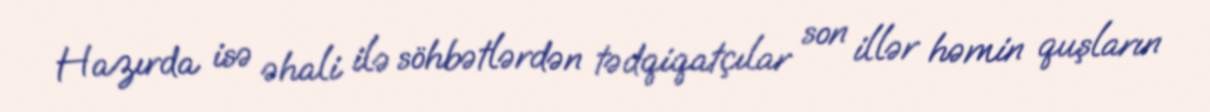
Hazırda isə əhali ilə söhbətlərdən tədqiqatçılar son illər həmin quşların